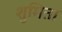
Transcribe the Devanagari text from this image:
शुमिता